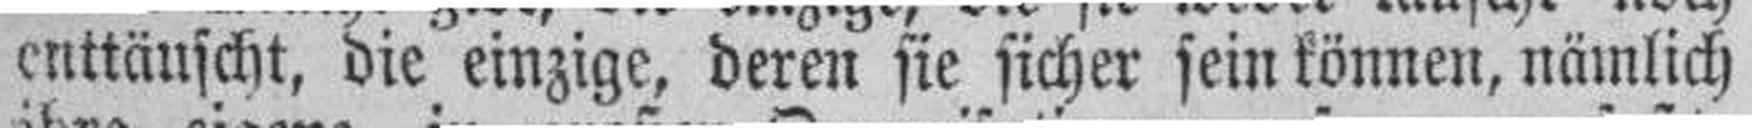
enttäuscht, die einzige, deren sie sicher sein können, nämlich